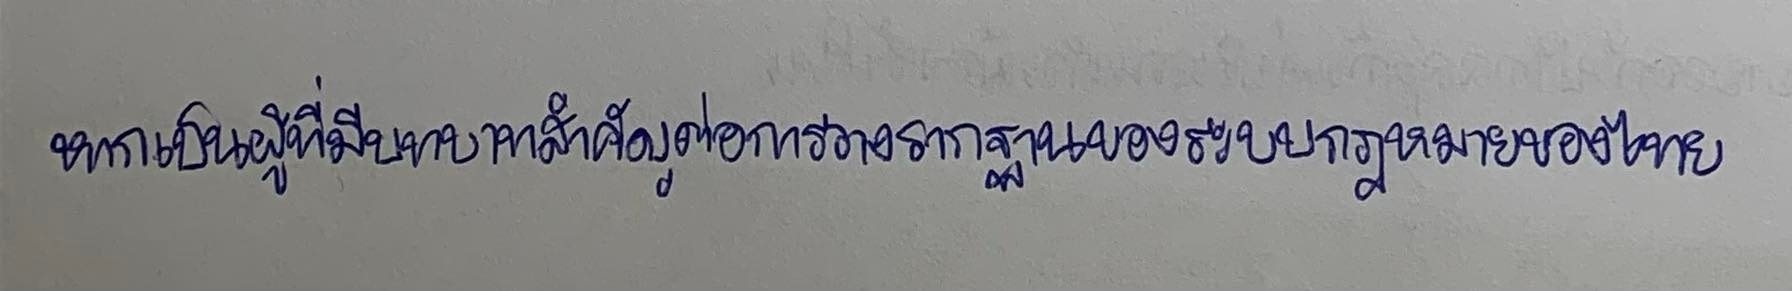
หากเป็นผู้ที่มีบทบาทสำคัญต่อการวางรากฐานของระบบกฎหมายของไทย